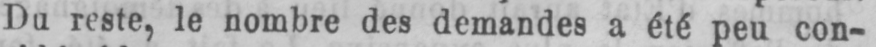
Du reste, le nombre des demandes a été peu con-